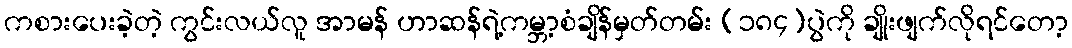
ကစားပေးခဲ့တဲ့ ကွင်းလယ်လူ အာမန် ဟာဆန်ရဲ့ကမ္ဘာ့စံချိန်မှတ်တမ်း (၁၈၄)ပွဲကို ချိုးဖျက်လိုရင်တော့